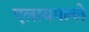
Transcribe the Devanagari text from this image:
एलायपल्ले